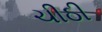
ચીઠી